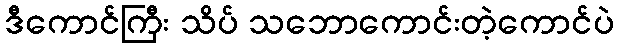
ဒီကောင်ကြီး သိပ် သဘောကောင်းတဲ့ကောင်ပဲ